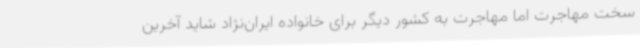
سخت مهاجرت اما مهاجرت به کشور دیگر برای خانواده ایران‌نژاد شاید آخرین